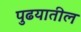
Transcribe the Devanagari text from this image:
पुढयातील